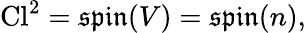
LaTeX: \operatorname{Cl}^{2}={\mathfrak{spin}}(V)={\mathfrak{spin}}(n),